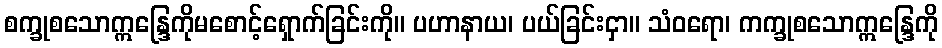
စက္ခုစသောဣန္ဒြေကိုမစောင့်ရှောက်ခြင်းကို။ ပဟာနာယ၊ ပယ်ခြင်းငှာ။ သံဝရော၊ ကက္ခုစသောဣန္ဒြေကို